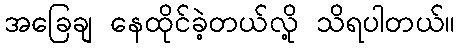
အခြေချ နေထိုင်ခဲ့တယ်လို့ သိရပါတယ်။